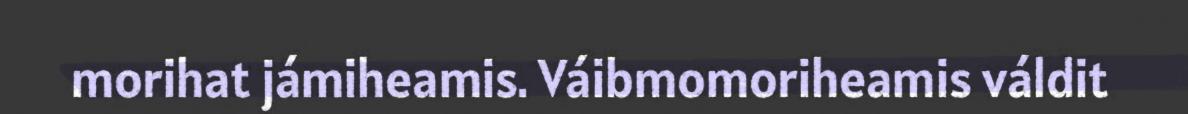
morihat jámiheamis. Váibmomoriheamis váldit